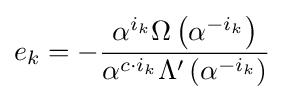
e_{k}=-{\frac {\alpha ^{i_{k}}\Omega \left(\alpha ^{-i_{k}}\right)}{\alpha ^{c\cdot i_{k}}\Lambda '\left(\alpha ^{-i_{k}}\right)}}